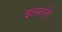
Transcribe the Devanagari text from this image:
इतराते